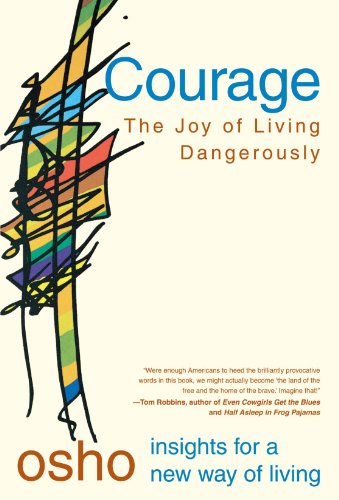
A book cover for Courage: The Joy of Living Dangerously; Osho; Religion & Spirituality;